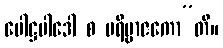
ပေါဋ္ဌပါဒေါ စ ပရိဗ္ဗာဇကော”တိ။